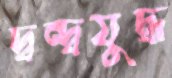
দ্বন্দ্বযুদ্ধ